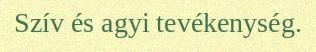
Szív és agyi tevékenység.